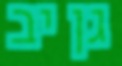
גן יב